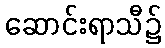
ဆောင်းရာသီ၌